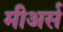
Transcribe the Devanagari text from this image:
मीअर्स